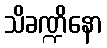
သိခဏ္ဍိနော